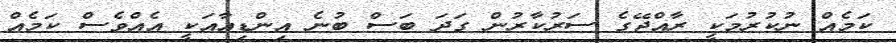
ކަމެއް ނުކުރުމަކީ ރާއްޖޭގެ ސަރުކާރުން ގަދަ ބަސް ބުނެ އިންޑިއާއަކީ އެއްވެސް ކަމެއް